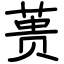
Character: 蒉